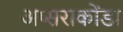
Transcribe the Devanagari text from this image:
अप्सराकोंडा